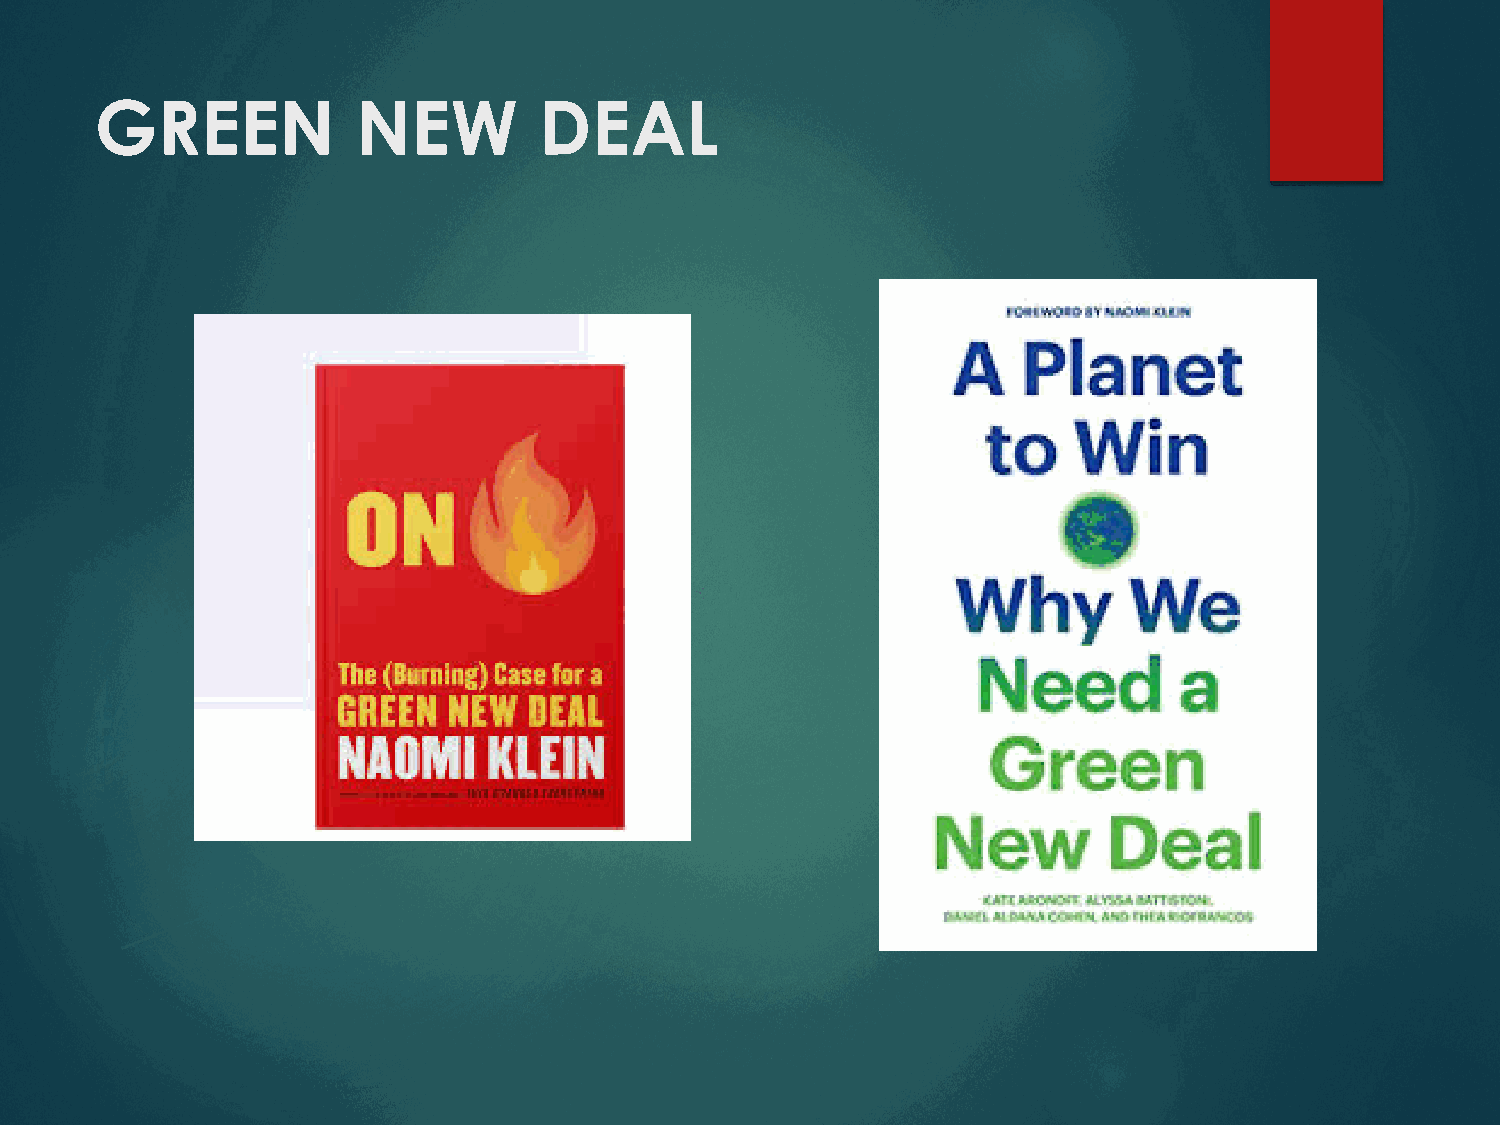
GREEN             NEW         DEAL